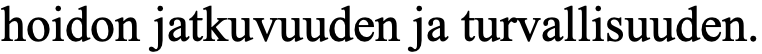
hoidon jatkuvuuden ja turvallisuuden.